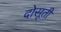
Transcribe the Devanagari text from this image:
दोसूती